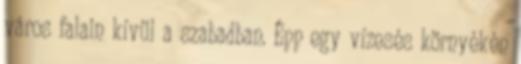
város falain kívül a szabadban. Épp egy vízesés környékén